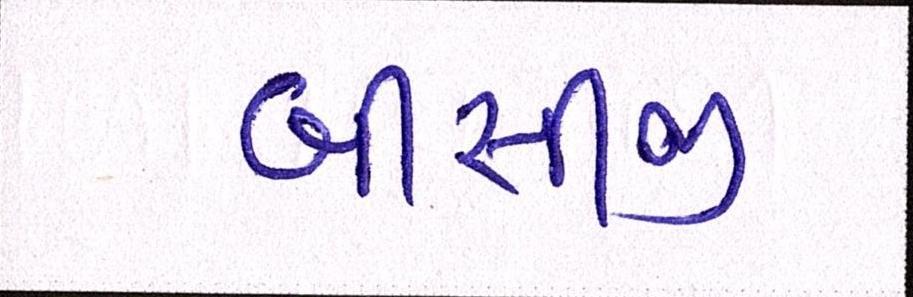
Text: બીસીજી